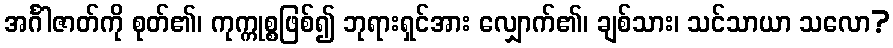
အင်္ဂါဇာတ်ကို စုတ်၏၊ ကုက္ကုစ္စဖြစ်၍ ဘုရားရှင်အား လျှောက်၏၊ ချစ်သား၊ သင်သာယာ သလော?